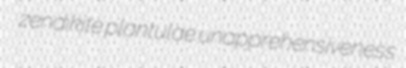
zendikite plantulae unapprehensiveness